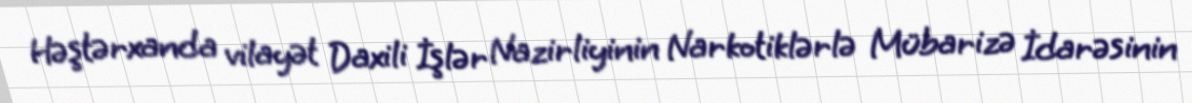
Həştərxanda vilayət Daxili İşlər Nazirliyinin Narkotiklərlə Mübarizə İdarəsinin